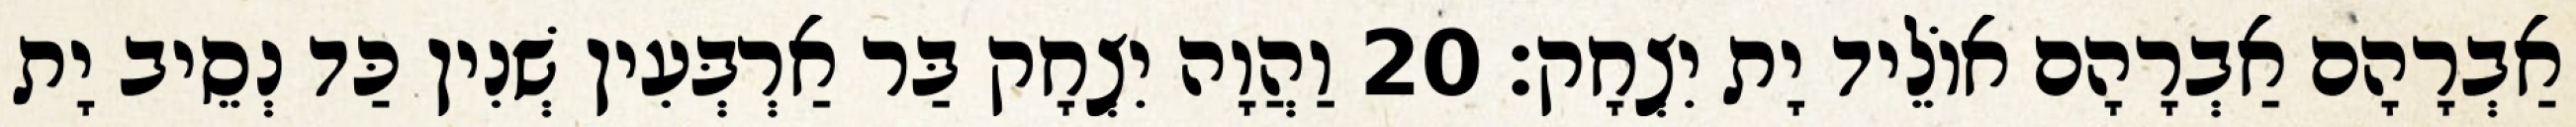
אַבְרָהָם אַבְרָהָם אוֹלֵיד יָת יִצְחָק׃ 20 וַהֲוָה יִצְחָק בַּר אַרְבְּעִין שְׁנִין כַּד נְסֵיב יָת